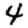
Digit: 4